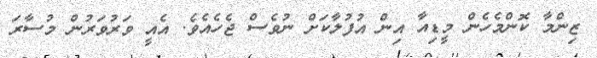
ޒިންމާ ކޮންމެހެން މީޑިއާ އިން އުފުލާކަށް ނުވެސް ޖެހެއެވެ. އެއީ ވަރުވަރުން މުސާރަ